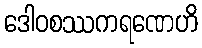
ဒေါဝစဿကရဏေဟိ